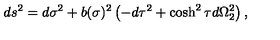
d s ^ { 2 } = d \sigma ^ { 2 } + b ( \sigma ) ^ { 2 } \left( - d \tau ^ { 2 } + \cosh ^ { 2 } \tau d \Omega _ { 2 } ^ { 2 } \right) ,